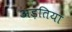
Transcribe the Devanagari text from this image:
अड़तिया